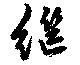
繼